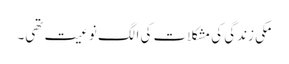
مکی زندگی کی مشکلات کی الگ نوعیت تھی۔